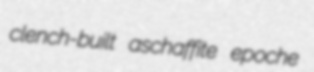
clench-built aschaffite epoche